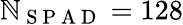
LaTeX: \mathbb{N}_{\mathrm{{~S~P~A~D~}}}=128